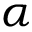
\alpha